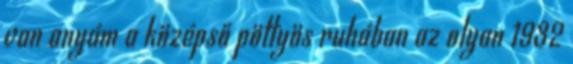
van anyám a középső pöttyös ruhában az olyan 1932